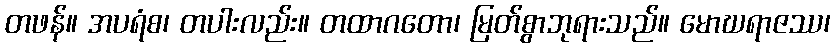
တဖန်။ အပရံစ၊ တပါးလည်း။ တထာဂတော၊ မြတ်စွာဘုရားသည်။ မောဃရာဇဿ၊